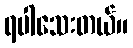
ရပါသေးတယ်။